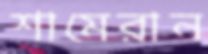
শামেরান